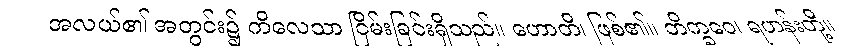
အလယ်၏ အတွင်း၌ ကိလေသာ ငြိမ်းခြင်းရှိသည်။ ဟောတိ၊ ဖြစ်၏။ ဘိက္ခဝေ၊ ရဟန်းတို့။